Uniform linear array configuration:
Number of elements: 16
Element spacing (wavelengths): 0.5
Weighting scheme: uniform
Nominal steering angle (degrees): -45
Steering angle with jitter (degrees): -45.39
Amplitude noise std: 0.05
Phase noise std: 0.05

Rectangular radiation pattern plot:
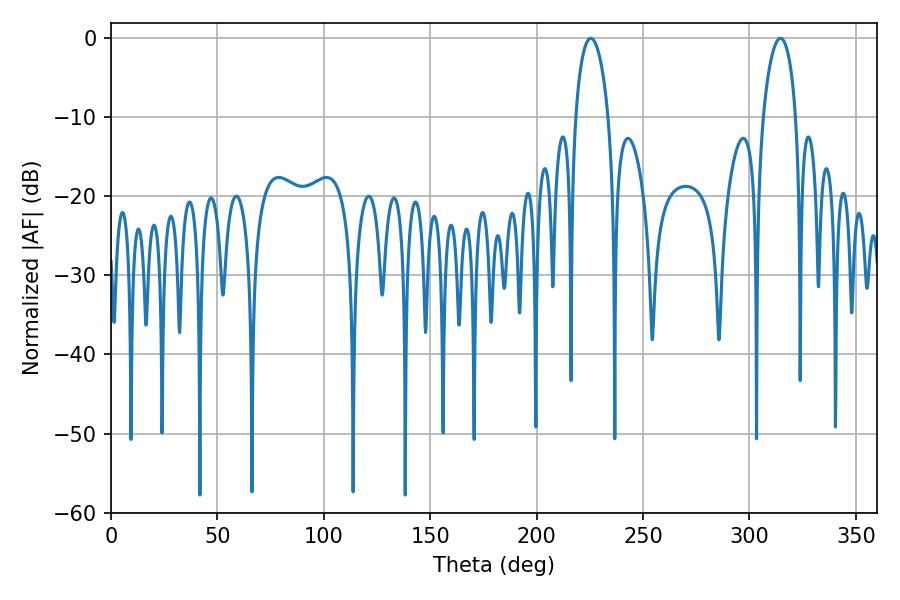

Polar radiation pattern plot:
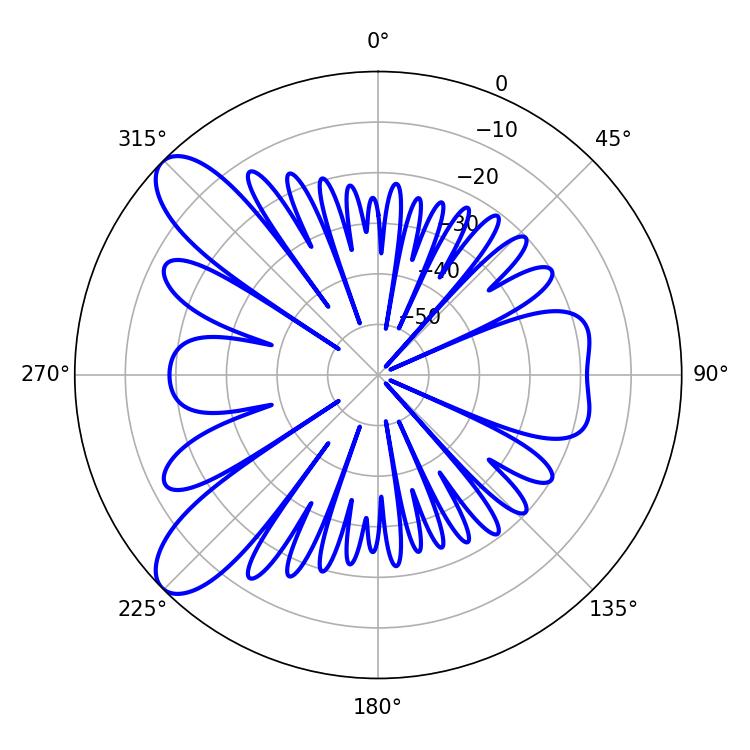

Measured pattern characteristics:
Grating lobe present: FALSE
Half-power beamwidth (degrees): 8.82
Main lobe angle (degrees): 225.36